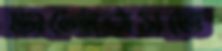
ভালোবাসতে